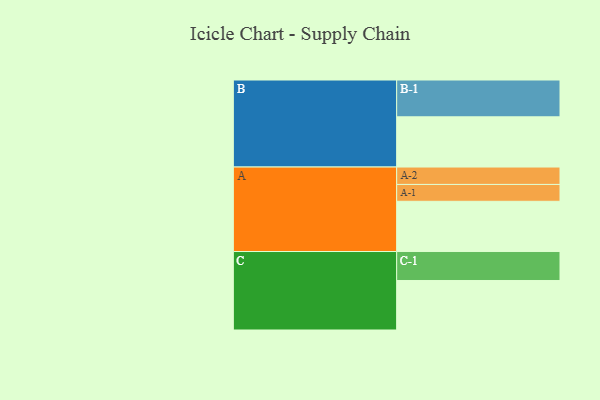
{"axis": {"x": "Segment", "y": "Value"}, "legend": ["", "A", "B", "C"], "data": [{"x": "A", "y": 352, "type": ""}, {"x": "B", "y": 352, "type": ""}, {"x": "C", "y": 347, "type": ""}, {"x": "A-1", "y": 118, "type": "A"}, {"x": "A-2", "y": 122, "type": "A"}, {"x": "B-1", "y": 258, "type": "B"}, {"x": "C-1", "y": 203, "type": "C"}]}